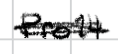
Text: Pro14
Cross-out: mix
Writing tool: digital_black